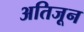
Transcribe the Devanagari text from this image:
अतिजून